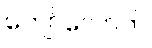
ကျော်လောက်